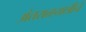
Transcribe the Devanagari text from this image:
अंतराळयात्रीने